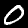
Label: 0